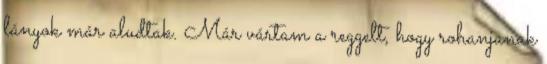
lányok már aludtak. Már vártam a reggelt, hogy rohanjanak